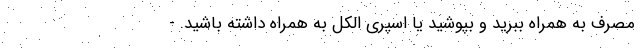
مصرف به همراه ببرید و بپوشید یا اسپری الکل به همراه داشته باشید. -